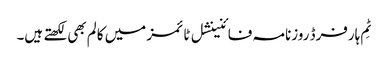
ٹِم ہارفرڈ روزنامہ فائنینشل ٹائمز میں کالم بھی لکھتے ہیں۔